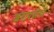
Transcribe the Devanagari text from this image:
खंडापर्यंतचे